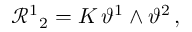
\mathcal { R } ^ { 1 } { } _ { 2 } = K \, \vartheta ^ { 1 } \wedge \vartheta ^ { 2 } \, ,